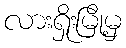
လားရှိုးမြို့မှ